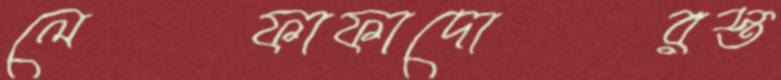
লেফাফাদোরস্ত